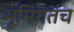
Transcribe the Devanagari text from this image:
भूमिगतच